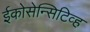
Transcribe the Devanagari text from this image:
ईकोसेन्सिटिव्ह